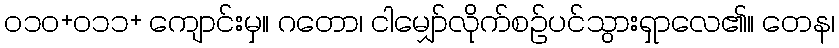
၀၁၀+၀၁၁+ ကျောင်းမှ။ ဂတော၊ ငါမျှော်လိုက်စဉ်ပင်သွားရှာလေ၏။ တေန၊